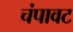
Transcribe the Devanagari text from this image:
चंपावट